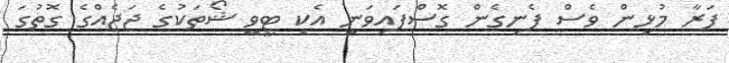
ފަރާ މުޅިން ވެސް ފެނިގެން ގޮސްފައިވަނީ އެކި ޓީވީ ޝޯތަކުގެ ޖަޖެއްގެ ގޮތުގަ